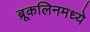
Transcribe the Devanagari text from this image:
ब्रूकलिनमध्ये